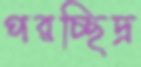
পরচ্ছিদ্র